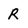
Character: R